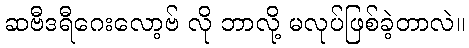
ဆဗီဒရီဂေးလော့ဗ် လို ဘာလို့ မလုပ်ဖြစ်ခဲ့တာလဲ။